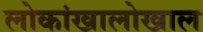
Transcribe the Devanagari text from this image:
लोकांखालोखाल